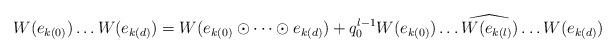
LaTeX: \begin{align*}W(e_{k(0)})\dots W(e_{k(d)}) = W(e_{k(0)} \odot \dots \odot e_{k(d)}) + q_0^{l-1} W(e_{k(0)})\dots \widehat{W(e_{k(l)})} \dots W(e_{k(d)})\end{align*}